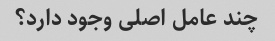
چند عامل اصلی وجود دارد؟